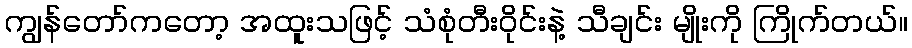
ကျွန်တော်ကတော့ အထူးသဖြင့် သံစုံတီးဝိုင်းနဲ့ သီချင်း မျိုးကို ကြိုက်တယ်။